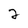
Character: 2